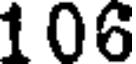
106